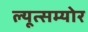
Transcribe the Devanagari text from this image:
ल्यूत्सम्योर